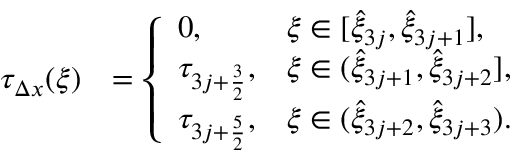
\begin{array} { r l } { \tau _ { \Delta x } ( \xi ) } & { = \left\{ \begin{array} { l l } { 0 , } & { \xi \in [ \hat { \xi } _ { 3 j } , \hat { \xi } _ { 3 j + 1 } ] , } \\ { \tau _ { 3 j + \frac { 3 } { 2 } } , } & { \xi \in ( \hat { \xi } _ { 3 j + 1 } , \hat { \xi } _ { 3 j + 2 } ] , } \\ { \tau _ { 3 j + \frac { 5 } { 2 } } , } & { \xi \in ( \hat { \xi } _ { 3 j + 2 } , \hat { \xi } _ { 3 j + 3 } ) . } \end{array} \right. } \end{array}